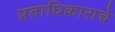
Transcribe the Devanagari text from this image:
प्रताधिकाराचे